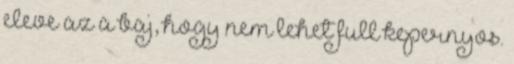
eleve az a baj, hogy nem lehet full kepernyos.